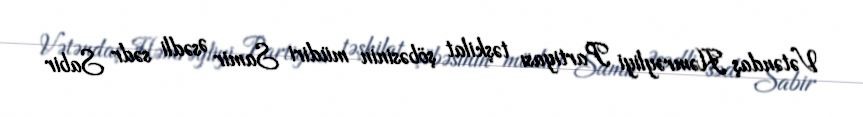
Vətəndaş Həmrəyliyi Partiyası təşkilat şöbəsinin müdiri Samir Əsədli sədr Sabir